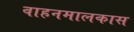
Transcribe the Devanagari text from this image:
वाहनमालकास